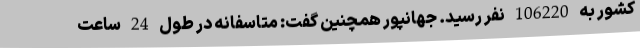
کشور به 106220 نفر رسید. جهانپور همچنین گفت: متاسفانه در طول 24 ساعت